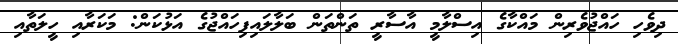
ދިވެހި ހައްޖުވެރިން މައްކާގެ އިސްލާމީ އާސާރީ ތަންތަން ބަލާލައިފިހައްޖުގެ އަޅުކަން: މަކަރާއި ހީލަތާއި